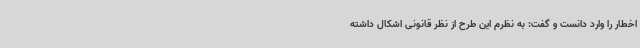
اخطار را وارد دانست و گفت: به نظرم این طرح از نظر قانونی اشکال داشته